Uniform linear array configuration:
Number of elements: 48
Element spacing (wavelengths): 0.75
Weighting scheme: kaiser
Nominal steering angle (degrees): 45
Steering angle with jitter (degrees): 44.638
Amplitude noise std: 0.05
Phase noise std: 0.05

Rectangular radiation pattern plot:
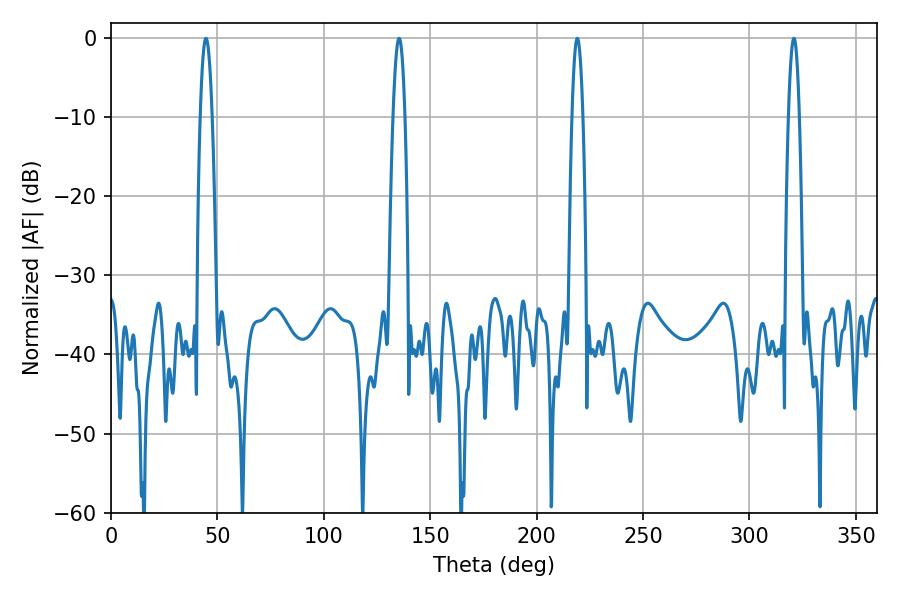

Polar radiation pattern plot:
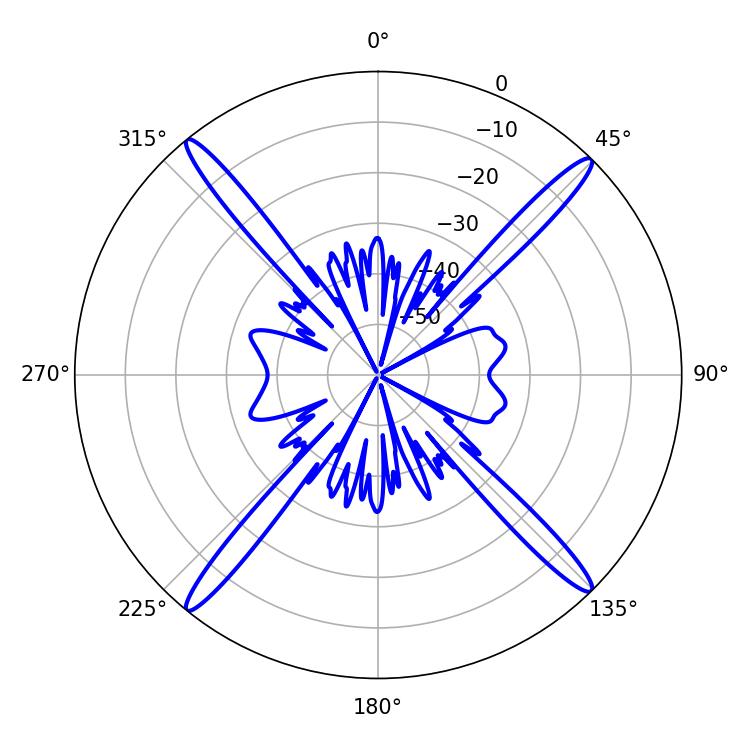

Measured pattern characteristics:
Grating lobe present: TRUE
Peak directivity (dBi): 21.364
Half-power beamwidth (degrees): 2.88
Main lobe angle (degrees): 44.64